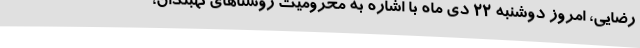
رضایی، امروز دوشنبه 22 دی ماه با اشاره به محرومیت روستاهای نهبندان،